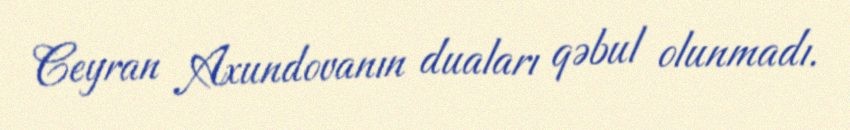
Ceyran Axundovanın duaları qəbul olunmadı.